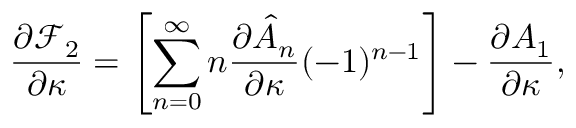
\frac { \partial \mathcal { F } _ { 2 } } { \partial \kappa } = \left[ \sum _ { n = 0 } ^ { \infty } n \frac { \partial \hat { A } _ { n } } { \partial \kappa } ( - 1 ) ^ { n - 1 } \right] - \frac { \partial A _ { 1 } } { \partial \kappa } ,